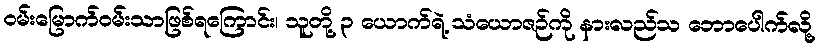
ဝမ်းမြောက်ဝမ်းသာဖြစ်ရကြောင်း၊ သူတို့ ၃ ယောက်ရဲ့ သံယောဇဉ်ကို နားလည်သ ဘောပေါက်လို့